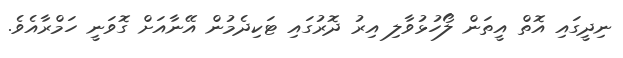
ނިދީގައި އޮތް އީތަން ލޯހުޅުވާލި އިރު ދޮރުގައި ޓަކިދެމުން އޭނާއަށް ގޮވަނީ ހަމްރާއެވެ.